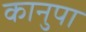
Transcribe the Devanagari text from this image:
कानुपा